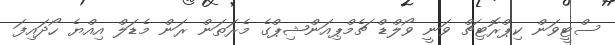
ސްޓީވަން ކިޕްރޮޓިޗް ވަނީ ވޯލްޑް ޗެމްޕިއަންޝިޕްގެ މެރަތަން ރަން މެޑަލް އިއްޔެ ހޯދައިފަ